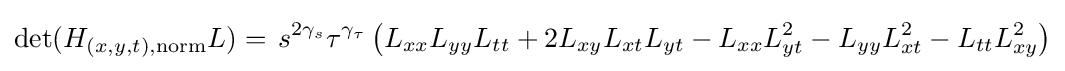
\det(H_{(x,y,t),\mathrm {norm} }L)=\,s^{2\gamma _{s}}\tau ^{\gamma _{\tau }}\left(L_{xx}L_{yy}L_{tt}+2L_{xy}L_{xt}L_{yt}-L_{xx}L_{yt}^{2}-L_{yy}L_{xt}^{2}-L_{tt}L_{xy}^{2}\right)